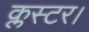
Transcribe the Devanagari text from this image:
क्लस्टर।